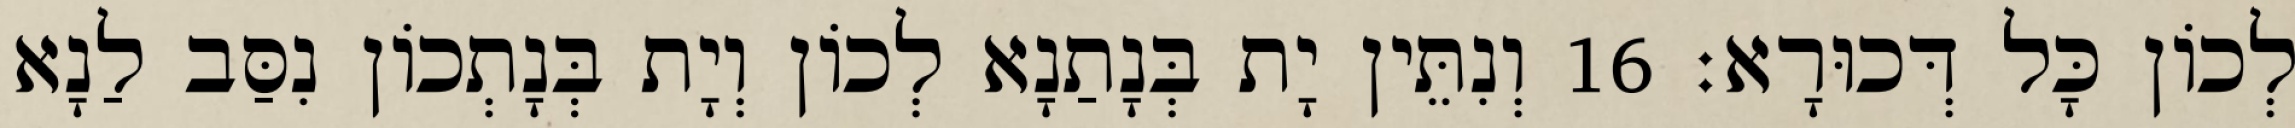
לְכוֹן כָּל דְּכוּרָא׃ 16 וְנִתֵּין יָת בְּנָתַנָא לְכוֹן וְיָת בְּנָתְכוֹן נִסַּב לַנָא